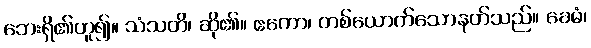
ဘေးရှိ၏ဟူ၍။ သံသတိ၊ ဆို၏။ ဧကော၊ တစ်ယောက်သောနတ်သည်။ ခေမံ၊